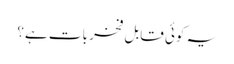
یہ کوئی قابل فخر بات ہے؟